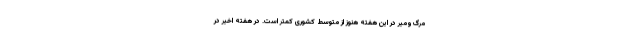
مرگ‌ومیر در این هفته هنوز از متوسط کشوری کمتر است. در هفته اخیر در